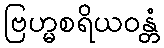
ဗြဟ္မစရိယဝန္တံ